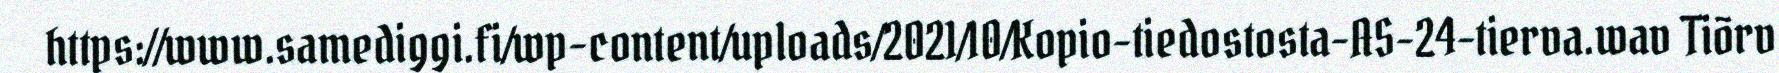
https://www.samediggi.fi/wp-content/uploads/2021/10/Kopio-tiedostosta-AS-24-tierva.wav Tiõrv